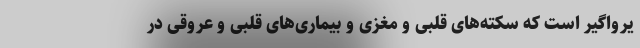
یرواگیر است که سکته‌های قلبی و مغزی و بیماری‌های قلبی و عروقی در